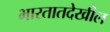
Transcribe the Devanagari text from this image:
भारतातदेखील